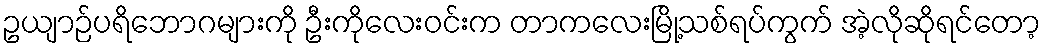
ဥယျာဉ်ပရိဘောဂများကို ဦးကိုလေးဝင်းက တာကလေးမြို့သစ်ရပ်ကွက် အဲ့လိုဆိုရင်တော့